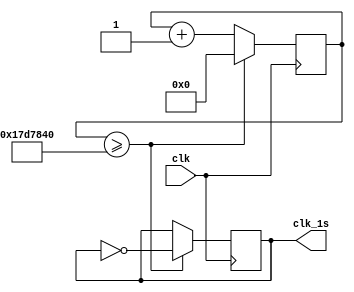
`timescale 1ns / 1ps
//////////////////////////////////////////////////////////////////////////////////
// Company: 
// Engineer: 
// 
// Design Name: 
// Module Name:    timer_1s 
// Project Name: 
// Target Devices: 
// Tool versions: 
// Description: 
//
// Dependencies: 
//
// Revision: 
// Revision 0.01 - File Created
// Additional Comments: 
//
//////////////////////////////////////////////////////////////////////////////////
module timer_1s
	(input wire clk,
	output reg clk_1s);
	
	reg [31:0] cnt;
	initial begin
	cnt [31:0] <=0;
	clk_1s <= 0;
	end
	always@(posedge clk)
	if(cnt>=25000000) begin
	cnt<=0;
	clk_1s <= ~clk_1s;
	end
	else begin
	cnt<=cnt+1;
	end
endmodule